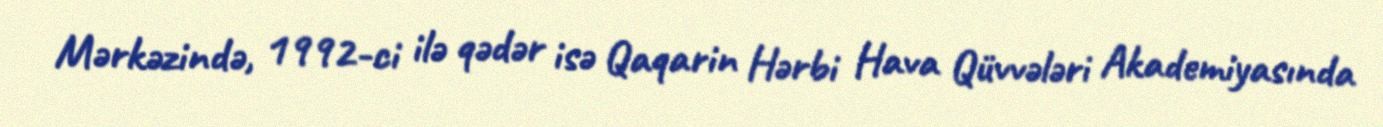
Mərkəzində, 1992-ci ilə qədər isə Qaqarin Hərbi Hava Qüvvələri Akademiyasında